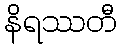
နိရဿတီ